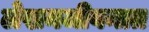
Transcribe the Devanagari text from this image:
लेखनजीवनात